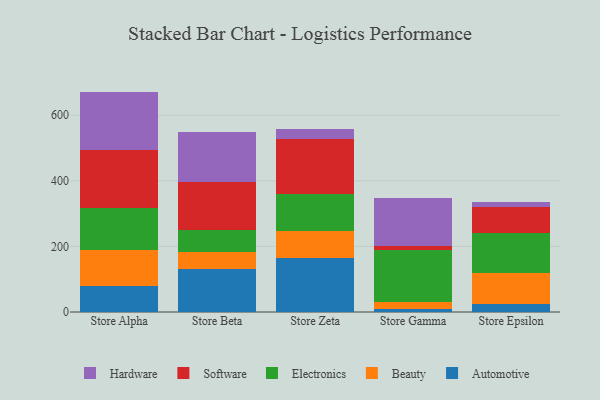
{"axis": {"x": "Store", "y": "Budget (USD K)"}, "legend": ["Automotive", "Beauty", "Electronics", "Hardware", "Software"], "data": [{"x": "Store Alpha", "y": 78.1, "type": "Automotive"}, {"x": "Store Alpha", "y": 110.3, "type": "Beauty"}, {"x": "Store Alpha", "y": 129.1, "type": "Electronics"}, {"x": "Store Alpha", "y": 175.5, "type": "Software"}, {"x": "Store Alpha", "y": 179.1, "type": "Hardware"}, {"x": "Store Beta", "y": 130.0, "type": "Automotive"}, {"x": "Store Beta", "y": 54.3, "type": "Beauty"}, {"x": "Store Beta", "y": 66.7, "type": "Electronics"}, {"x": "Store Beta", "y": 145.8, "type": "Software"}, {"x": "Store Beta", "y": 153.2, "type": "Hardware"}, {"x": "Store Zeta", "y": 165.8, "type": "Automotive"}, {"x": "Store Zeta", "y": 81.6, "type": "Beauty"}, {"x": "Store Zeta", "y": 111.1, "type": "Electronics"}, {"x": "Store Zeta", "y": 168.4, "type": "Software"}, {"x": "Store Zeta", "y": 29.8, "type": "Hardware"}, {"x": "Store Gamma", "y": 7.8, "type": "Automotive"}, {"x": "Store Gamma", "y": 21.7, "type": "Beauty"}, {"x": "Store Gamma", "y": 160.6, "type": "Electronics"}, {"x": "Store Gamma", "y": 12.5, "type": "Software"}, {"x": "Store Gamma", "y": 146.2, "type": "Hardware"}, {"x": "Store Epsilon", "y": 25.5, "type": "Automotive"}, {"x": "Store Epsilon", "y": 92.3, "type": "Beauty"}, {"x": "Store Epsilon", "y": 124.2, "type": "Electronics"}, {"x": "Store Epsilon", "y": 76.7, "type": "Software"}, {"x": "Store Epsilon", "y": 16.3, "type": "Hardware"}]}